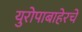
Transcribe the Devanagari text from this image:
युरोपाबाहेरचे